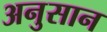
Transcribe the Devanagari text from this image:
अनुसान